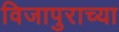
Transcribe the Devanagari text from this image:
विजापुराच्या